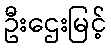
ဦးဌေးမြင့်